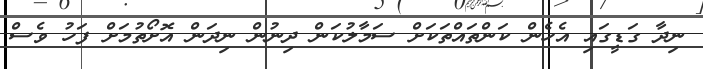
ނިދާ ގަޑީގައި އެހެން ކަންތައްތަކަށް ސަމާލުކަން ދިނުން ނިދަން އޮށޯތުމަށް ފަހު ވެސް